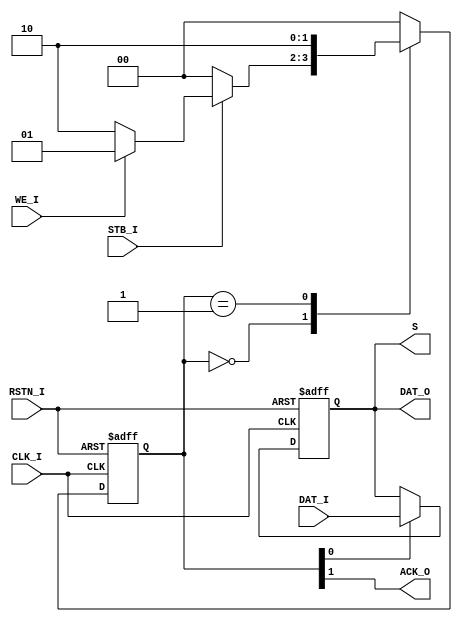
//--------------------------------------------------------------------
//
//	Design		:	WB2BYTEOUT
//
//
//	Purpose		:	Wishbone client device, 8 bits output
//
//	Limitations	:	
//
//	Errors		:	None known
//
//	Include files	:	None
//
//
//	Simulator	:	ModulSim PC 10.4
//
//--------------------------------------------------------------------
//	Revision List
//	Version		Author		Date		Change
//	1.1		Xiaofang Zhou	Oct. 4, 2023	original
//
//--------------------------------------------------------------------

`timescale 1ns/10ps

module WB2BYTEOUT (
	CLK_I,
	RSTN_I,
	
	// Wishbone
	STB_I,
	WE_I,
	DAT_I,
	DAT_O,
	ACK_O,
	
	// peripheral IO
	S
	
);

input	CLK_I,
	RSTN_I;

input	STB_I;
input	WE_I;
input	[ 7 : 0]	DAT_I;
output	[ 7 : 0]	DAT_O;
output	ACK_O;

output	[ 7 : 0]	S;

// --- FSM
parameter
	W_IDLE	= 2'b00,
	W_ACK	= 2'b10,
	W_UPDS	= 2'b01;

reg	[ 1 : 0]	W_STAT;
reg	[ 1 : 0]	W_NEXT;
wire	ACK_O,
	UPD_S;

assign	{ACK_O, UPD_S} = W_STAT;

// synthesis attribute fsm_encoding of W_STAT is user;
always @(STB_I or WE_I or W_STAT)
case (W_STAT)
	W_IDLE:
		W_NEXT =	
			(STB_I == 1'b1) ? 
			((WE_I == 1'b1) ? W_UPDS : W_ACK) :
			W_IDLE;
	W_UPDS:	W_NEXT =
			W_ACK;
	W_ACK:	W_NEXT =
			W_IDLE;
	default:W_NEXT =
			W_IDLE;
endcase

// --- Peripheral
reg	[ 7 : 0]	S;
wire	[ 7 : 0]	S_NEXT;

parameter
	S_INIT = 8'h00;

assign	S_NEXT = (UPD_S == 1'b1) ?
		 DAT_I : S;

assign	DAT_O =	S;

// --- DFFs
always @(posedge CLK_I or negedge RSTN_I)
	if (RSTN_I == 1'b0) begin
		W_STAT	<= W_IDLE;
		S	<= S_INIT;
	end else begin
		W_STAT	<= W_NEXT;
		S	<= S_NEXT;
	end

endmodule